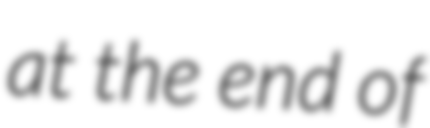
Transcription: at the end of